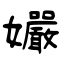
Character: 孍